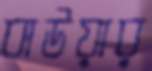
বাউয়ার